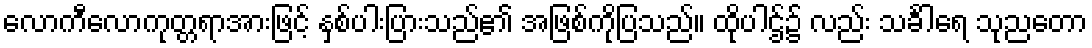
လောကီလောကုတ္တရာအားဖြင့် နှစ်ပါးပြားသည်၏ အဖြစ်ကိုပြသည်။ ထိုပါဌ်၌ လည်း သင်္ခါရေ သုညတော